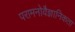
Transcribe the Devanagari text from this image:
परामनोवैज्ञानिकता